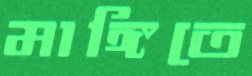
মাঙ্গিতে